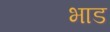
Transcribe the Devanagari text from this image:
भाड